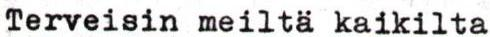
Terveisin meiltä kaikilta